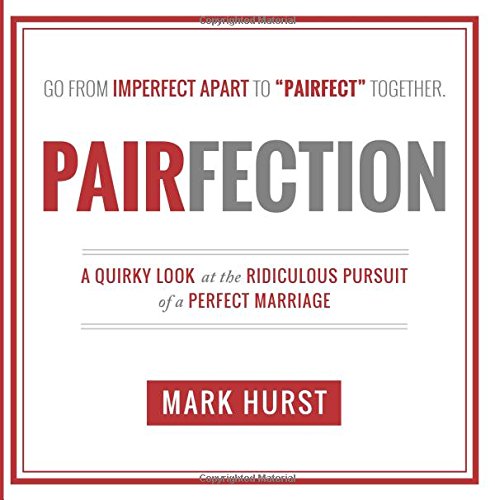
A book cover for Pairfection: A Quirky Look at the Ridiculous Pursuit of a Perfect Marriage; Mark Hurst; Parenting & Relationships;